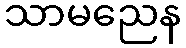
သာမညေန